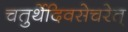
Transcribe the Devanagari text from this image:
चतुर्थेदिवसेचरेत्